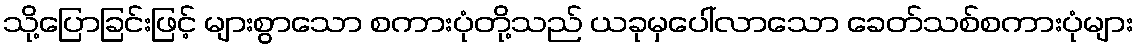
သို့ပြောခြင်းဖြင့် များစွာသော စကားပုံတို့သည် ယခုမှပေါ်လာသော ခေတ်သစ်စကားပုံများ